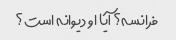
فرانسه؟ آیا او دیوانه است؟